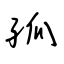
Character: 孤